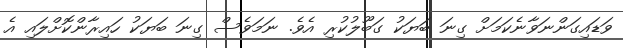
ވަޑައިގަންނަވާނެކަމަށް ގިނަ ބަޔަކު ގަބޫލުކުރި އެވެ. ނަމަވެސް ގިނަ ބަޔަކު ހައިރާންކޮށްލައި އެ